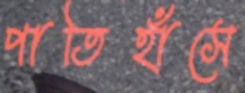
পাতিহাঁসে